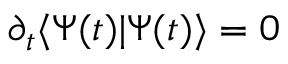
\partial _ { t } \langle \Psi ( t ) | \Psi ( t ) \rangle = 0